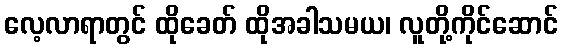
လေ့လာရာတွင် ထိုခေတ် ထိုအခါသမယ၊ လူတို့ကိုင်ဆောင်